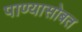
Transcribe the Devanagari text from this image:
पाण्‍यासोबत